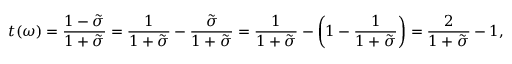
t ( \omega ) = \frac { 1 - \tilde { \sigma } } { 1 + \tilde { \sigma } } = \frac { 1 } { 1 + \tilde { \sigma } } - \frac { \tilde { \sigma } } { 1 + \tilde { \sigma } } = \frac { 1 } { 1 + \tilde { \sigma } } - \left( 1 - \frac { 1 } { 1 + \tilde { \sigma } } \right) = \frac { 2 } { 1 + \tilde { \sigma } } - 1 ,